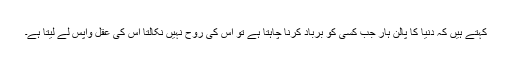
کہتے ہیں کہ دنیا کا پالن ہار جب کسی کو برباد کرنا چاہتا ہے تو اس کی روح نہیں نکالتا اس کی عقل واپس لے لیتا ہے۔